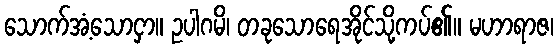
သောက်အံ့သောငှာ။ ဥပါဂမိ၊ တခုသောရေအိုင်သို့ကပ်၏။ မဟာရာဇ၊